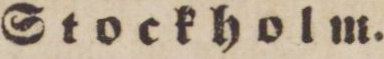
Stockholm.